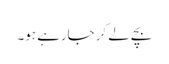
بچے لے کر جارہے ہو۔